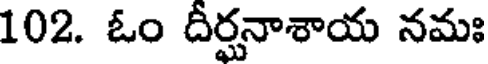
102. ఓం దీర్ఘనాశాయ నమః